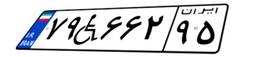
۷۹W۶۶۲۹۵